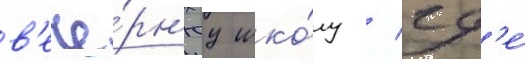
в'ече́рн'юу шко́лу / гд'е́